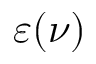
\varepsilon ( \nu )